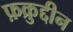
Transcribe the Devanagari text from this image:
फ़क्रुद्दीन